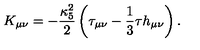
K _ { \mu \nu } = - \frac { \kappa _ { 5 } ^ { 2 } } { 2 } \left( \tau _ { \mu \nu } - \frac { 1 } { 3 } \tau h _ { \mu \nu } \right) .